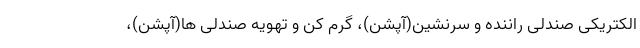
الکتریکی صندلی راننده و سرنشین(آپشن)، گرم کن و تهویه صندلی ها(آپشن)،